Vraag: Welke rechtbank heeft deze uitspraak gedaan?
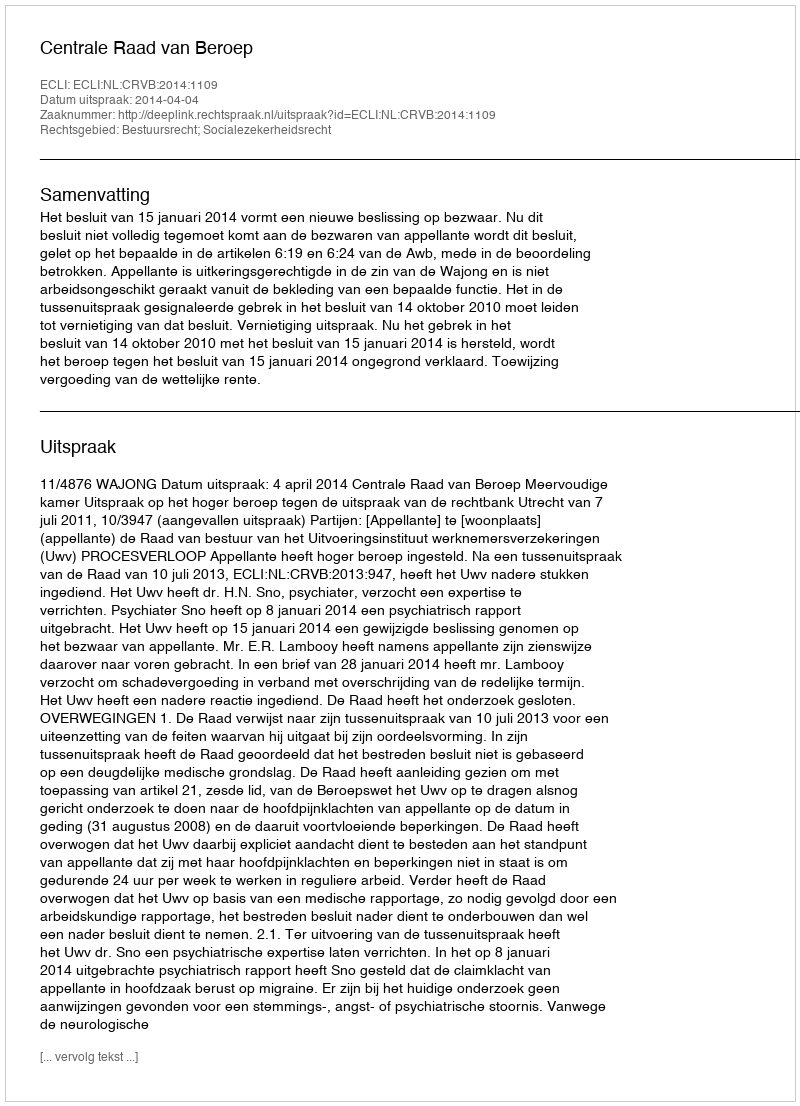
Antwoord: Centrale Raad van Beroep